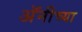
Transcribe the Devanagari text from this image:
अॅनीच्या